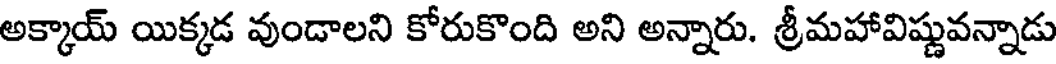
అక్కాయ్ యిక్కడ వుండాలని కోరుకొంది అని అన్నారు. శ్రీమహావిష్ణువన్నాడు